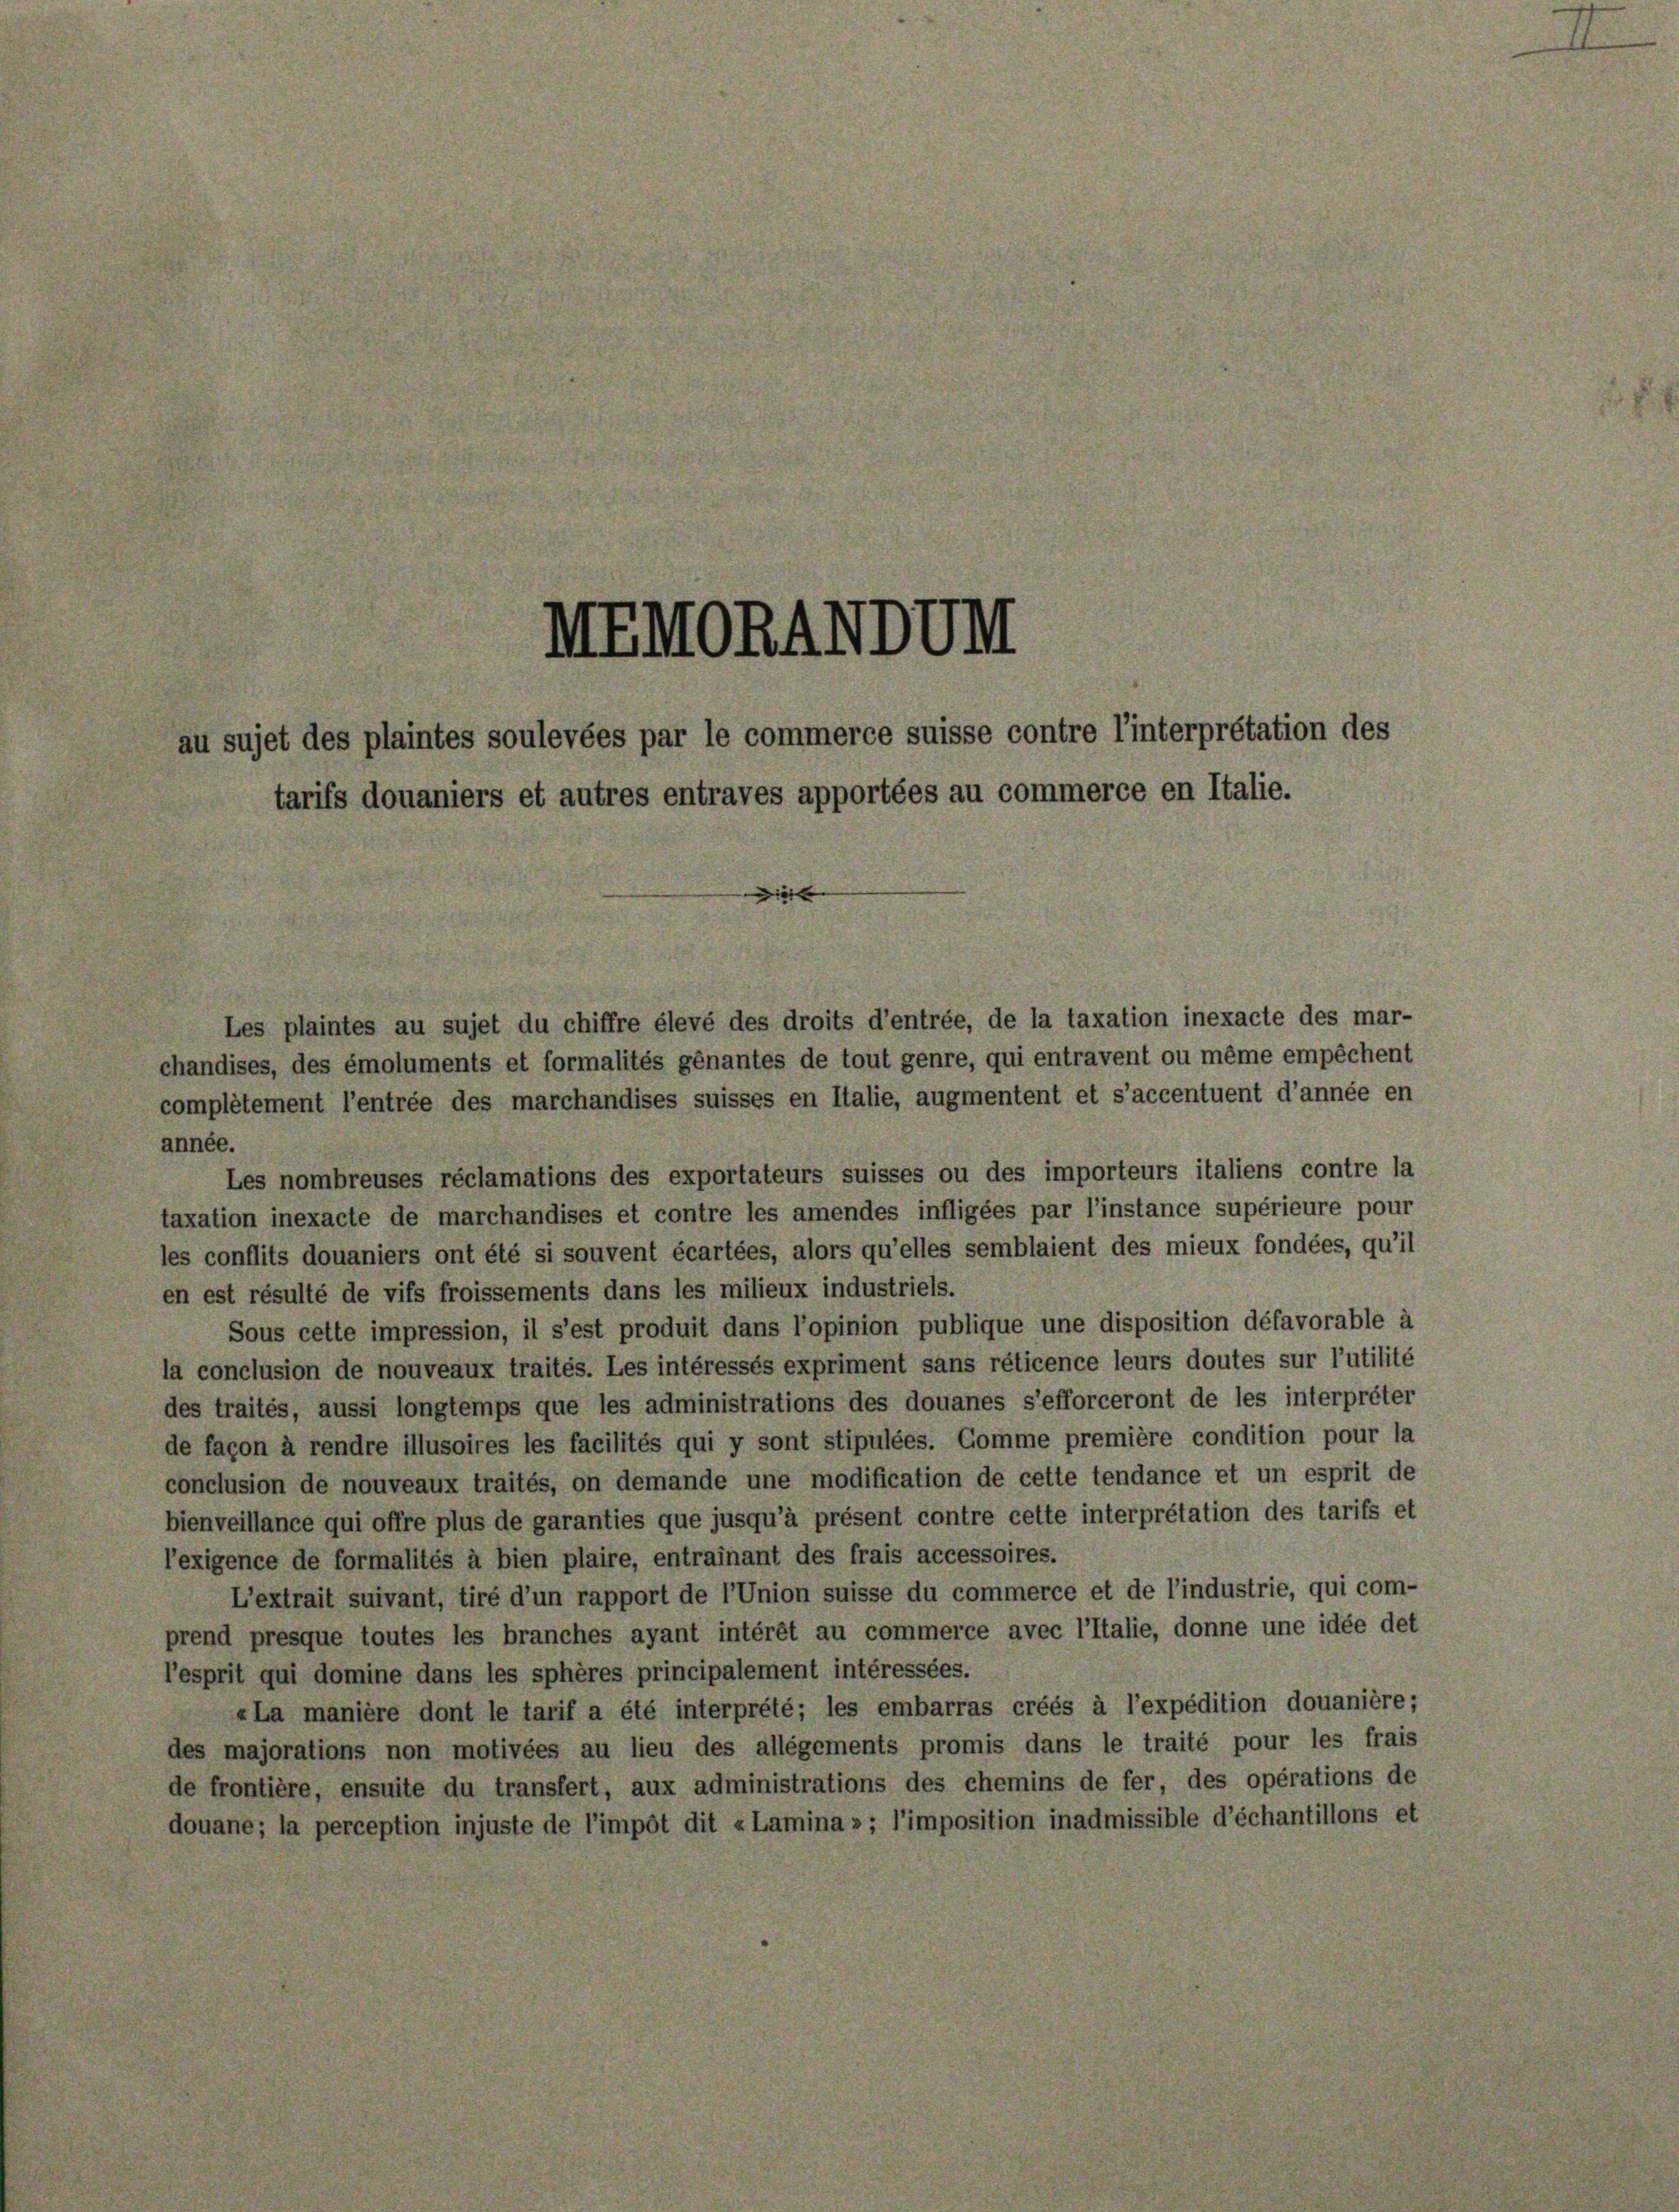
complétement l’entrée des marchandises suisses en Italie, augmentent et s’accentuent d’année en
année.
Les nombreuses réclamations des exportateurs suisses ou des importeurs italiens contre la
taxation inexacte de marchandises et contre les amendes infligées par l’instance supérieure pour
les conflits douaniers ont été si souvent écartées, alors qu’elles semblaient des mieux fondées, qu’il
en est résulté de vifs froissements dans les milieux industriels.
Sous cette impression, il s’est produit dans l’opinion publique une disposition défavorable à
la conclusion de nouveaux traités. Les intéressés expriment sans réticence leurs doutes sur l’utilité
des traités, aussi longtemps que les administrations des douanes s’efforceront de les interpreter
de facon à rendre illusoires les facilités qui y sont stipulées. Comme première condition pour la
conclusion de nouveaux traités, on demande une modification de cette tendance et un esprit de
bienveillance qui offre plus de garanties que jusqu’à présent contre cette interpretation des tarifs et
l’exigence de formalités à bien plaire, entrainant des frais accessoires.
L’extrait suivant, tiré d’un rapport de l’Union suisse du commerce et de l’industrie, qui com-
prend presque toutes les branches ayant intérêt au commerce avec l’Italie, donne une idée det
l’esprit qui domine dans les sphères principalement intéressées.
«La manière dont le tarif a été interprété; les embarras créés à l’expédition douanière ;
des majorations non motivées au lieu des allégements promis dans le traité pour les frais
de frontière, ensuite du transfert, aux administrations des chemins de fer, des opérations de
douane; la perception injuste de l’impôt dit «Lamina »; l’imposition inadmissible d’échantillons et

MEMORANDUm
au sujet des plaintes soulevées par le commerce suisse contre l’interprétation des
tarifs douaniers et autres entraves apportées au commerce en Italie.

chandises, des émoluments et formalités genantes de tout genre, qui entravent ou même empêchent

Les plaintes au sujet du chiffre élevé des droits d’entrée, de la taxation inexacte des mar-